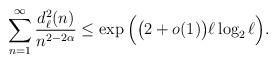
LaTeX: \begin{align*} \sum_{n=1}^{\infty}\frac{d_{\ell}^{2}(n)}{n^{2-2\alpha}} \leq \exp\Big(\big(2+o(1)\big) \ell\log_2 \ell \Big). \end{align*}